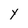
Character: y